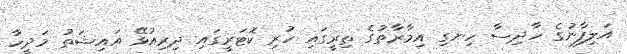
އަލިފާނުގެ ހާދިސާ ހިނގި އިމާރާތުގެ ތިރީގައި ހުރި ކޮޓަރީގައި ދިރިއުޅޭ އައިޝަތު މަދީހާ